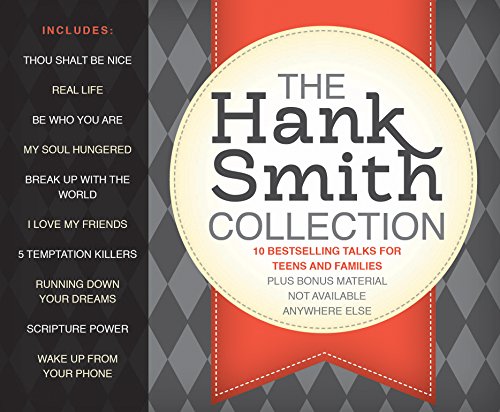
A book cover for The Hank Smith Collection: 10 Bestselling Talks for Teens and Families; Hank Smith; Christian Books & Bibles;